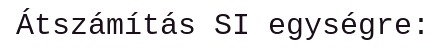
Átszámítás SI egységre: